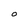
Character: O